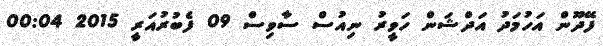
ފޭދޫން އަހުމަދު އަދްޝަން ހަވީރު ނިއުސް ސާވިސް 09 ފެބުރުއަރީ 2015 00:04